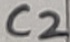
Text: C2